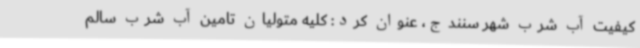
کیفیت آب شرب شهر سنندج، عنوان کرد: کلیه متولیان تامین آب شرب سالم